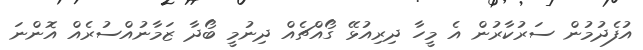
އުފެދުމުން ސަރުކާރުން އެ މީހާ ދިރިއުޅޭ ގޯއްޗެއް ދިނުމީ ބޯދާ ޒަމާނުއްސުރެއް އޮންނަ